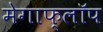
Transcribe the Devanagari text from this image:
मेगाफ्लॉप